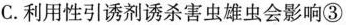
C.利用性引诱剂诱杀害虫雄虫会影响③